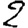
Digit: 2